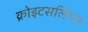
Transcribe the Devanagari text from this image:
क्रोइटसलिंगन